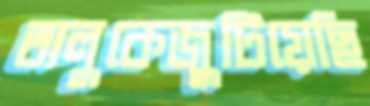
তালুকেজুটিয়েছি